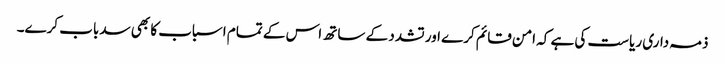
ذمہ داری ریاست کی ہے کہ امن قائم کرے اور تشدد کے ساتھ اس کے تمام اسباب کا بھی سدباب کرے۔